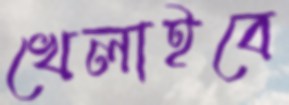
খেলাইবে